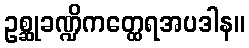
ဥစ္ဆုခဏ္ဍိကတ္ထေရအပဒါန။